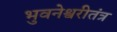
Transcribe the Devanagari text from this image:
भुवनेश्वरीतंत्र